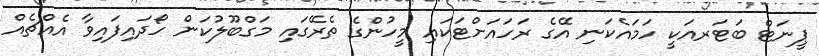
ޕީނަޓް ބަޓަރއަކީ ހަމައެކަނި އޭގެ ރަހައަށްޓަކައި މީހުންގެ ތެރޭގައި މަގްބޫލުކަން ހޯދައިފައިވާ އެއްޗެއް